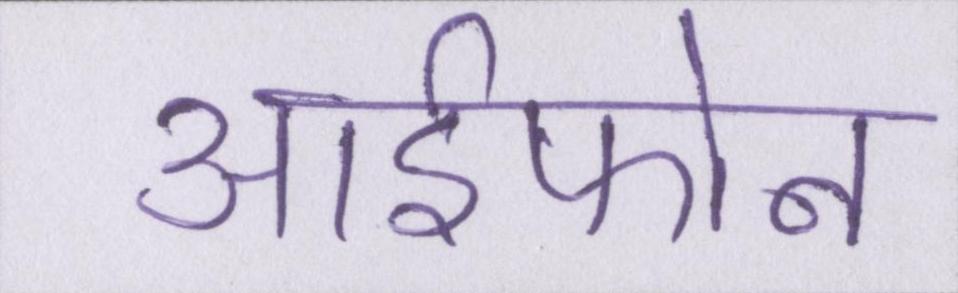
आईफोन